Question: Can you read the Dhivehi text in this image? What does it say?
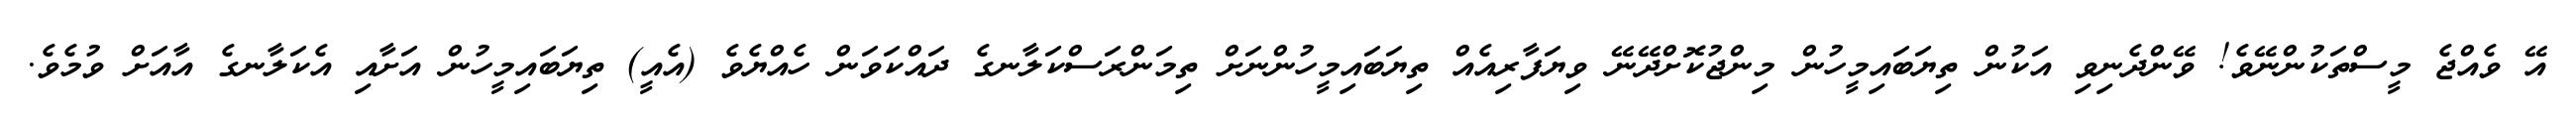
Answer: އޭ ވެއްޖެ މީސްތަކުންނޭވެ! ވޭންދެނިވި އަކުން ތިޔަބައިމީހުން މިންޖުކޮށްދޭނޭ ވިޔަފާރިއެއް ތިޔަބައިމީހުންނަށް ތިމަންރަސްކަލާނގެ ދައްކަވަން ހެއްޔެވެ (އެއީ) ތިޔަބައިމީހުން އަށާއި އެކަލާނގެ އާއަށް ވުމެވެ.